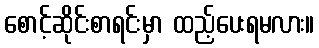
စောင့်ဆိုင်းစာရင်းမှာ ထည့်ပေးရမလား။